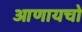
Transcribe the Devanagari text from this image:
आणायचो